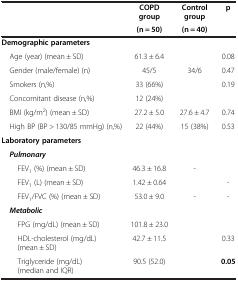
<table><thead><tr><td rowspan="2">[EMPTY_CELL]</td><td><b>COPD group</b></td><td><b>Control group</b></td><td rowspan="2"><b>p</b></td></tr><tr><td><b>(n = 50)</b></td><td><b>(n = 40)</b></td></tr></thead><tbody><tr><td><b>Demographic parameters</b></td><td>[EMPTY_CELL]</td><td>[EMPTY_CELL]</td><td>[EMPTY_CELL]</td></tr><tr><td> Age (year) (mean ± SD)</td><td>61.3 ± 6.4</td><td>[EMPTY_CELL]</td><td>0.08</td></tr><tr><td> Gender (male/female) (n)</td><td>45/5</td><td>34/6</td><td>0.47</td></tr><tr><td> Smokers (n,%)</td><td>33 (66%)</td><td>[EMPTY_CELL]</td><td>0.19</td></tr><tr><td> Concomitant disease (n,%)</td><td>12 (24%)</td><td>[EMPTY_CELL]</td><td>[EMPTY_CELL]</td></tr><tr><td> BMI (kg/m<sup>2</sup>) (mean ± SD)</td><td>27.2 ± 5.0</td><td>27.6 ± 4.7</td><td>0.74</td></tr><tr><td> High BP (BP &gt; 130/85 mmHg) (n,%)</td><td>22 (44%)</td><td>15 (38%)</td><td>0.53</td></tr><tr><td><b>Laboratory parameters</b></td><td>[EMPTY_CELL]</td><td>[EMPTY_CELL]</td><td>[EMPTY_CELL]</td></tr><tr><td> <b><i>Pulmonary</i></b></td><td>[EMPTY_CELL]</td><td>[EMPTY_CELL]</td><td>[EMPTY_CELL]</td></tr><tr><td>FEV<sub>1</sub> (%) (mean ± SD)</td><td>46.3 ± 16.8</td><td>-</td><td>[EMPTY_CELL]</td></tr><tr><td>FEV<sub>1</sub> (L) (mean ± SD)</td><td>1.42 ± 0.64</td><td>[EMPTY_CELL]</td><td>-</td></tr><tr><td>FEV<sub>1</sub>/FVC (%) (mean ± SD)</td><td>53.0 ± 9.0</td><td>-</td><td>-</td></tr><tr><td> <b><i>Metabolic</i></b></td><td>[EMPTY_CELL]</td><td>[EMPTY_CELL]</td><td>[EMPTY_CELL]</td></tr><tr><td>FPG (mg/dL) (mean ± SD)</td><td>101.8 ± 23.0</td><td>[EMPTY_CELL]</td><td>[EMPTY_CELL]</td></tr><tr><td>HDL-cholesterol (mg/dL) (mean ± SD)</td><td>42.7 ± 11.5</td><td>[EMPTY_CELL]</td><td>0.33</td></tr><tr><td>Triglyceride (mg/dL) (median and IQR)</td><td>90.5 (52.0)</td><td>[EMPTY_CELL]</td><td><b>0.05</b></td></tr></tbody></table>